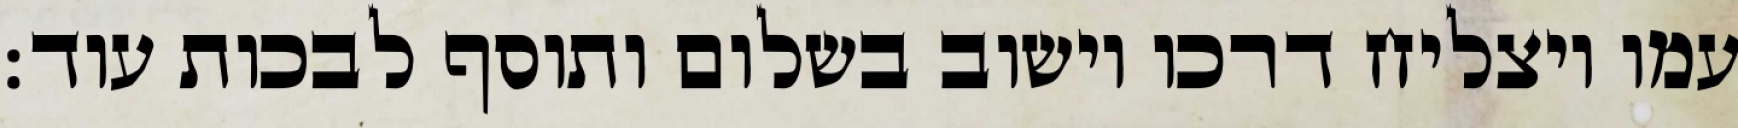
עמו ויצליח דרכו וישוב בשלום ותוסף לבכות עוד: